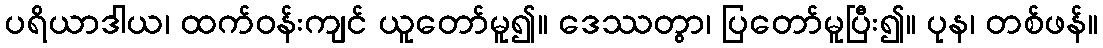
ပရိယာဒါယ၊ ထက်ဝန်းကျင် ယူတော်မူ၍။ ဒေဿတွာ၊ ပြတော်မူပြီး၍။ ပုန၊ တစ်ဖန်။